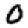
Digit: 0